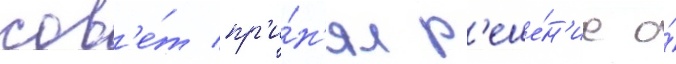
сов'е́т пр'и́н'ял р'еше́н'ие о́